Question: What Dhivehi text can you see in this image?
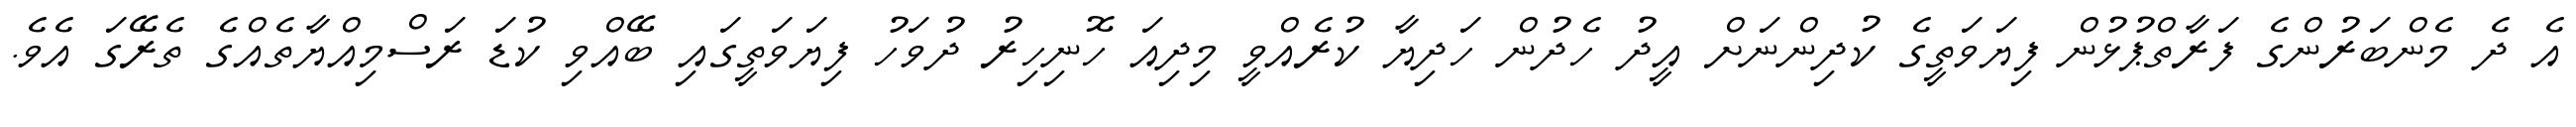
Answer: އެ ދެ މެންބަރުންގެ ފަރާތްޕުޅުން ފިޔަވަތީގެ ކުދިންނަށް އީދު ހެދުން ހަދިޔާ ކުރެއްވީ މިދިއަ ހޮނިހިރު ދުވަހު ފިޔަވަތީގައި ބޭއްވި ކުޑަ ރަސްމިއްޔާތެއްގެ ތެރޭގަ އެވެ.